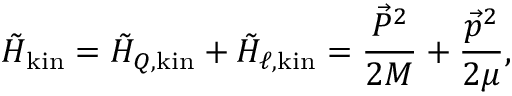
\tilde { \cal H } _ { \mathrm { k i n } } = \tilde { \cal H } _ { Q , \mathrm { k i n } } + \tilde { \cal H } _ { \ell , \mathrm { k i n } } = { \frac { \vec { P } ^ { 2 } } { 2 M } } + { \frac { \vec { p } ^ { 2 } } { 2 \mu } } ,